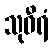
သုဝီရံ